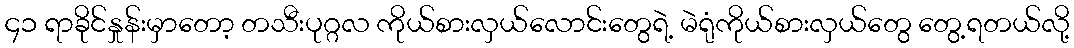
၄၁ ရာခိုင်နှုန်းမှာတော့ တသီးပုဂ္ဂလ ကိုယ်စားလှယ်လောင်းတွေရဲ့ မဲရုံကိုယ်စားလှယ်တွေ တွေ့ရတယ်လို့